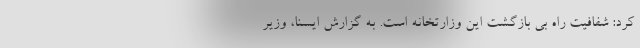
کرد: شفافیت راه بی بازگشت این وزارتخانه است. به گزارش ایسنا، وزیر